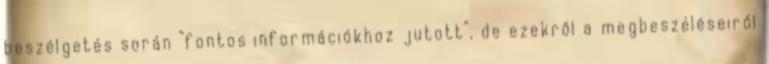
beszélgetés során “fontos információkhoz jutott”, de ezekről a megbeszéléseiről